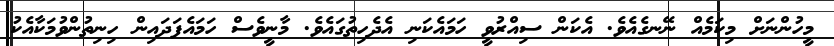
މީހުންނަށް މިކަމެއް ނޭނގެއެވެ. އެކަން ސިއްރުވީ ހަމައެކަނި އެދެހިތުގައެވެ. މާނީވެސް ހަމައެފަދައިން ހިނިތުންވުމަކާއެކު